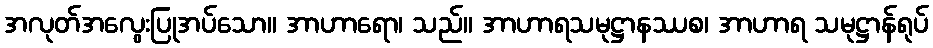
အလုတ်အလွေးပြုအပ်သော။ အာဟာရော၊ သည်။ အာဟာရသမုဋ္ဌာနဿစ၊ အာဟာရ သမုဋ္ဌာန်ရုပ်